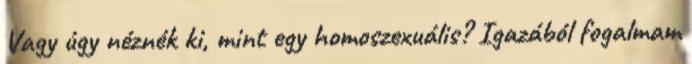
Vagy úgy néznék ki, mint egy homoszexuális? Igazából fogalmam